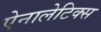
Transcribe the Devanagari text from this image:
ऐनालेटिक्स